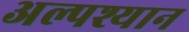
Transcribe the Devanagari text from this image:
अल्पश्यान